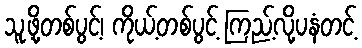
သူ့ဖို့တစ်ပွင့်၊ ကိုယ့်တစ်ပွင့် ကြည့်လို့ပနံတင့်